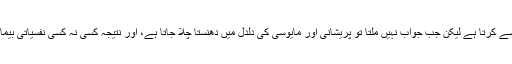
یہ سوال انسان اکثر اپنے آ پ سے کرتا ہے لیکن جب جواب نہیں ملتا تو پریشانی اور مایوسی کی دلدل میں دھنستا چلا جاتا ہے، اور نتیجہ کسی نہ کسی نفسیاتی بیماری کی صورت میں نکلتا ہے۔